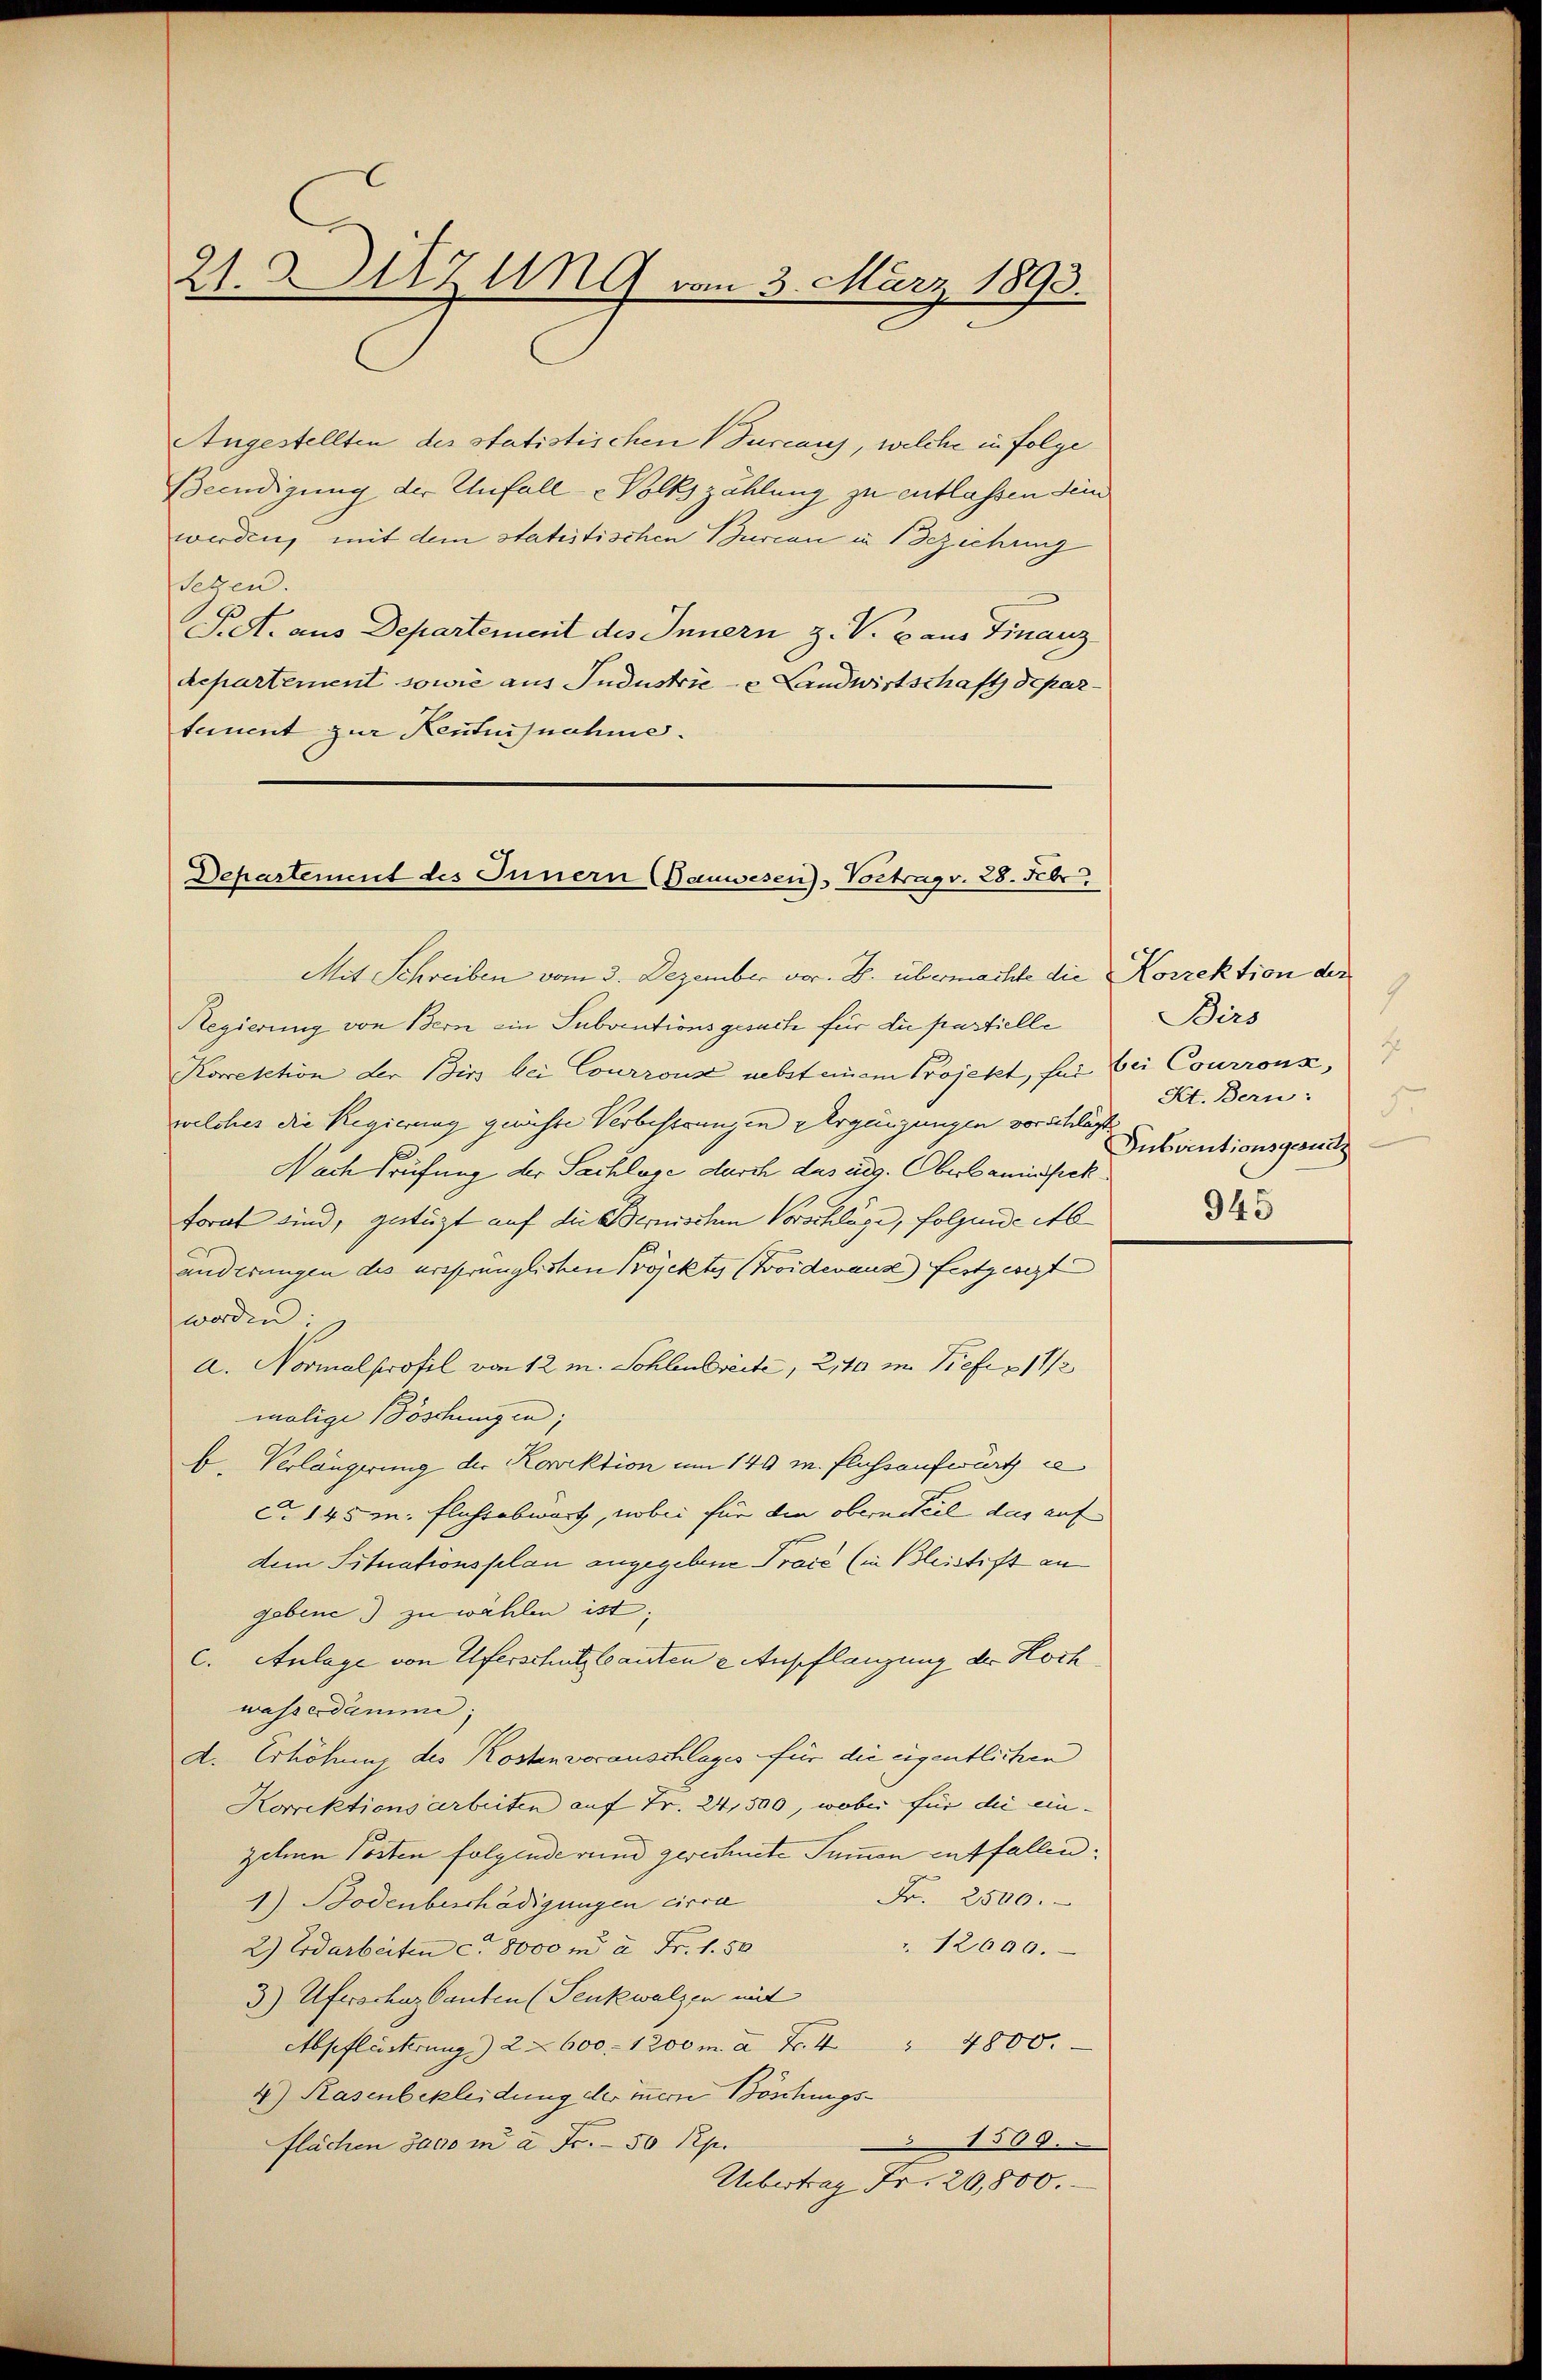
21. Sitzung vom 3. März 1893.

Angestellten des statistischen Turcauj, welche in Folge
Beendigung der Unfalle Volkszählung zu entlassen sein
werden, mit dem statistischen Burcan in Beziehung
folgen.
Pet. aus Departement des Innern z. V. B. aus Finanz
departement sowie aus Industrie - Landwirtschaft departement zur Kentursnahme.

Departement des Innern Bauwesen), Vortrag v. 28. Febr.
Mit Schreiben vom 3. Dezember vor. B. übermachte die Korrektion der

Regierung von Bern ein Subventionsgesuch für die partielle
Korrektion der Birs bei Courronz nebst einem Projekt, für bei Courronz,
welches die Regierung gerichte Verbestungen vergänzungen vorschlästi
Nach Prüfung der Sachlage durch das aus. Oberbauinspek
torat sind, gestüzt auf die Bernischen Vorschläge, folgende et
änderungen des ursprünglichen Projektes (Forderaus festgesezt
worden:
a. Normalprofil von 12 m. Sohlenbreite, 2140 in Tiefer 1 1/2
malige Böschungen;
b. Verlängerung der Korrektion um 140 m. Flussaufwärts e
C. 145 m. Fluchtabwart, wobei für die oberniteil das auf
dem Situationsplan angegebene Praić (in Bleistift an
gebene) zu wählen ist;
c. Anlage von Uferschultanten - Anpflanzung der Hoch
wasserdämme;
d. Erhöhung des Kostenvorauschlages für die eigentlichen
Korrektionsarbeiten auf Fr. 24,500, wobei für die ein-
zelnen Posten folgende rund gerechnete Summen entfallen.
Fr. 2500.
1) Bodenbeschädigungen circa
" 12000.
2) Erdarbeiten ca 8000 m à Fr. 1. 50
3) Uferschaz bauten (Senkwalzen mit
Apflicherung) 2 600 - 1200 m. à Fr. 4              "            4800.
4) Rasenbekleidung der innern Böschungs¬
1560.
flächen 3000 m à Fr. 50 Rp.
Übertrag Fr. 20,800.

1
Birs
Kt. Bern:
3.
Subventionsgesuch
945